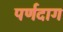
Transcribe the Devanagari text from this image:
पर्णदाग